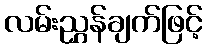
လမ်းညွှန်ချက်ဖြင့်